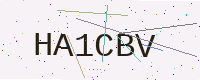
Text: HA1CBV